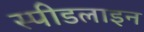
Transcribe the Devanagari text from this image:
स्पीडलाइन